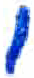
אות: י